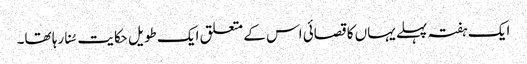
ایک ہفتہ پہلے یہاں کا قصائی اس کے متعلق ایک طویل حکایت سُنا رہا تھا۔